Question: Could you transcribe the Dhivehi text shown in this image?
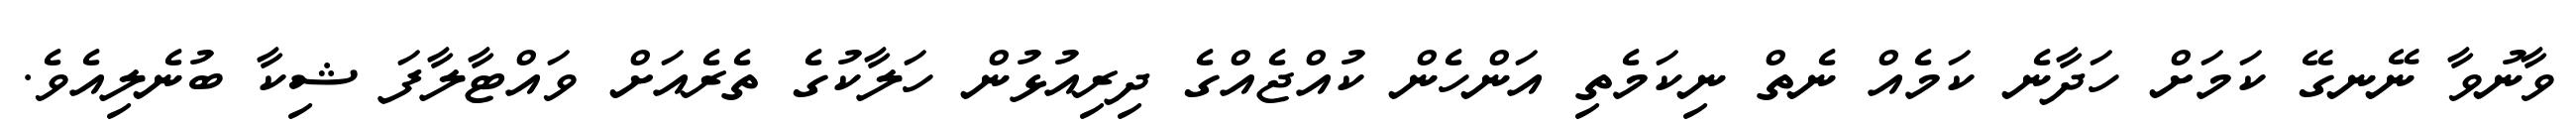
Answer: ވާނުވާ ނޭނގޭ ކަމަށް ހަދާނެ ކަމެއް ނެތް ނިކަމެތި އަންހެން ކުއްޖެއްގެ ދިރިއުޅުން ހަލާކުގެ ތެރެއަށް ވައްޓާލާފަ ޝިކާ ބުނެލިއެވެ.